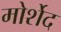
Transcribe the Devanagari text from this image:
मोर्शेद